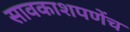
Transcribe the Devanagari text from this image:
सावकाशपणेंच